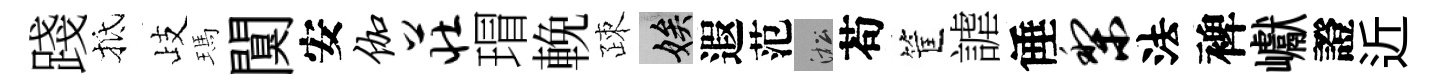
踐抵歧瑪闃安伽庄瑁輓疎娭遐范淞苟筐謔倕梨法裨巘證近